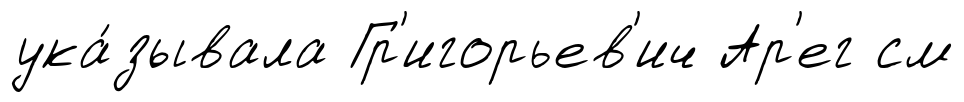
ука́зывала Гр'игорьев'ич Ар'ег см